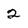
Character: 2